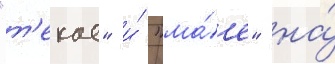
"т'екае" и́ "ма́е" на́